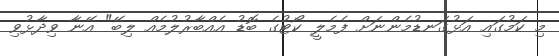
މި ކަމުގައި އަޅުގަނޑުމެންނަށް ފެމެލީ ކޯޓުގެ ބޮޑު އެެއްބާރުލުމެއް ލިބޭ" އޭނާ ވިދާޅުވި